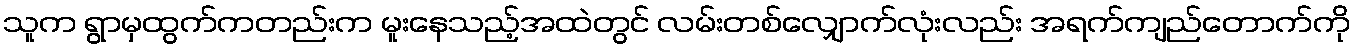
သူက ရွာမှထွက်ကတည်းက မူးနေသည့်အထဲတွင် လမ်းတစ်လျှောက်လုံးလည်း အရက်ကျည်တောက်ကို